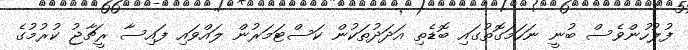
ފުލުހުންވެސް ބުނީ ނަހަމަގޮތުގައި ބޮޑެތި އަދަދުތަކުން ކަސްޓަމަރުން ލައްވައި ފައިސާ ރީޗާޖު ކުރުމުގެ